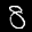
Label: 8